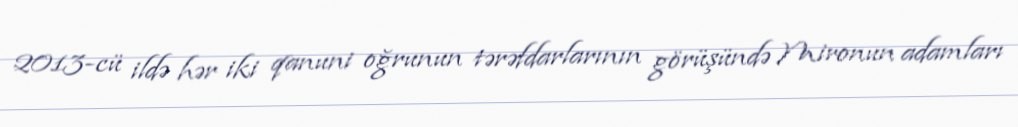
2013-cü ildə hər iki qanuni oğrunun tərəfdarlarının görüşündə Mironun adamları